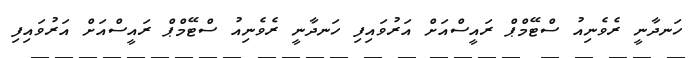
ހަނދާނީ ރެވެނިއު ސްޓޭމްޕް ރައީސްއަށް އަރުވައިފި ހަނދާނީ ރެވެނިއު ސްޓޭމްޕް ރައީސްއަށް އަރުވައިފި